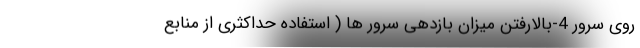
روی سرور 4-بالارفتن میزان بازدهی سرور ها ( استفاده حداکثری از منابع